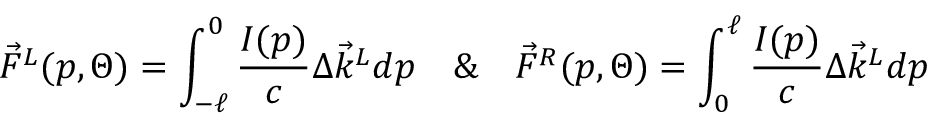
\Vec { F } ^ { L } ( p , \Theta ) = \int _ { - \ell } ^ { 0 } \frac { I ( p ) } { c } \Delta \Vec { k } ^ { L } d p \quad \& \quad \Vec { F } ^ { R } ( p , \Theta ) = \int _ { 0 } ^ { \ell } \frac { I ( p ) } { c } \Delta \Vec { k } ^ { L } d p